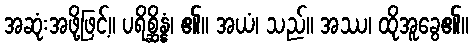
အဆုံးအဖို့ဖြင့်။ ပရိစ္ဆိန္နံ၊ ၏။ အယံ၊ သည်။ အဿ၊ ထိုအူခွေ၏။